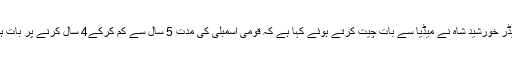
اپوزیشن لیڈر خورشید شاہ نے میڈیا سے بات چیت کرتے ہوئے کہا ہے کہ قومی اسمبلی کی مدت 5 سال سے کم کرکے4 سال کرنے پر بات ہورہی ہے۔